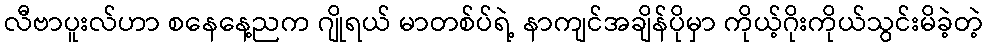
လီဗာပူးလ်ဟာ စနေနေ့ညက ဂျိုရယ် မာတစ်ပ်ရဲ့ နာကျင်အချိန်ပိုမှာ ကိုယ့်ဂိုးကိုယ်သွင်းမိခဲ့တဲ့